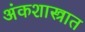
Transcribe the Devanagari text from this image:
अंकशास्त्रात